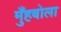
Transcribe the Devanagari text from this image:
मुँहबोला